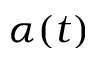
\alpha ( t )